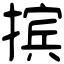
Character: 摈